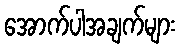
အောက်ပါအချက်များ